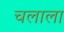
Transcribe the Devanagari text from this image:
चलाला